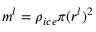
m ^ { l } = \rho _ { i c e } \pi ( r ^ { l } ) ^ { 2 }